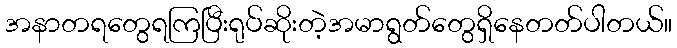
အနာတရတွေရကြပြီးရုပ်ဆိုးတဲ့အမာရွတ်တွေရှိနေတတ်ပါတယ်။